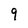
Character: 9